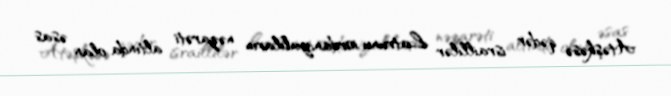
Atəşkəsə qədər israillilər Latrunu iordaniyalıların nəzarəti altında olan əsas